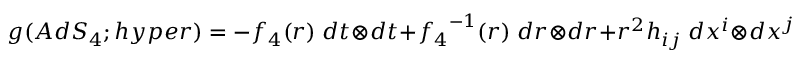
g ( A d S _ { 4 } ; h y p e r ) = - { f _ { 4 } } ( r ) \; d t \otimes d t + { f _ { 4 } } ^ { - 1 } ( r ) \; d r \otimes d r + r ^ { 2 } h _ { i j } \; d x ^ { i } \otimes d x ^ { j }